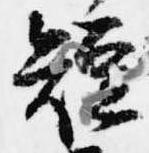
短